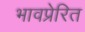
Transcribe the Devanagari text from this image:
भावप्रेरित